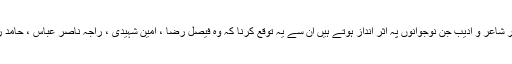
سندھی نیشنلسٹ اور پی پی پی کے ساتھ قربت محسوس کرنے والے بائیں بازو کے دانشور اور شاعر و ادیب جن نوجوانوں پہ اثر انداز ہوتے ہیں ان سے یہ توقع کرنا کہ وہ فیصل رضا ، امین شہیدی ، راجہ ناصر عباس ، حامد رضا یا کسی اور ہما شما کے اوپر راضی ہوگی خوابوں کی جنت میں رہنے کے مترادف ہے ۔